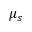
\mu _ { s }